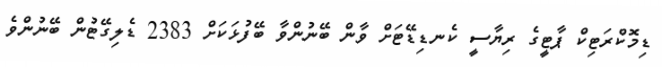
ޑިމޮކްރަޓިކް ޕާޓީގެ ރިޔާސީ ކެނޑިޑޭޓަށް ވާން ބޭނުންވާ ބޭފުޅަކަށް 2383 ޑެލިގޭޓުން ބޭނުންވެ